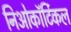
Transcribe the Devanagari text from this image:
निओकॉर्टिकल